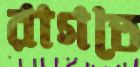
রাগতে